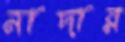
নাদার